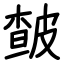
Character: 皶